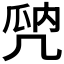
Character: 𠙙